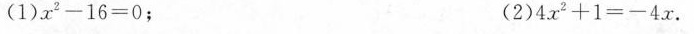
(1)x^{2}-16=0； (2)4x^{2}+1=-4x。